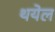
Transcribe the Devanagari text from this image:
थयेल